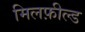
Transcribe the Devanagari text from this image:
मिलफ़ील्ड